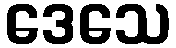
ဒေသေ